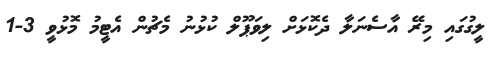
ލީގުގައި މިރޭ އާސެނަލާ ދެކޮޅަށް ލިވަޕޫލް ކުޅުނު މެޗުން އެޓީމު މޮޅުވީ 3-1